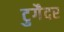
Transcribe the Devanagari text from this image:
टुगैदर